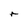
Character: r